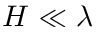
H \ll \lambda